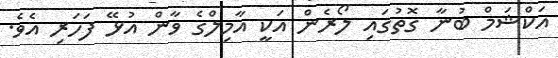
އަކްޝަމް ބުނާ ގޮތުގައި ލޯރެން އަކީ އާމިލްގެ ވާން އުޅޭ ފަހަރި އެވެ.